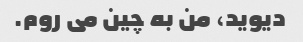
دیوید، من به چین می روم.